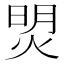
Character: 焽